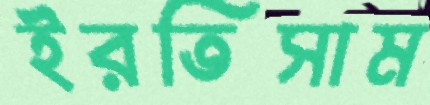
ইরতিসাম